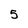
Character: 5